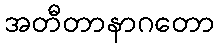
အတီတာနာဂတော